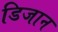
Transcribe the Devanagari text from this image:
डिजान